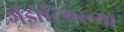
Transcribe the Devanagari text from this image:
गॅझेटियरच्या